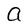
Character: a